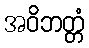
အဝိဘတ္တံ